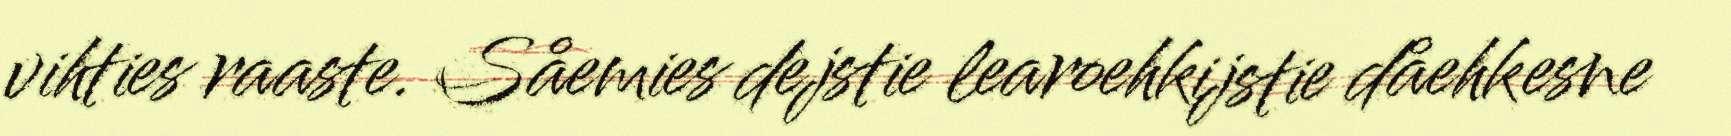
vihties raaste. Såemies dejstie learoehkijstie dåehkesne